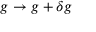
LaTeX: g \to g + \delta g